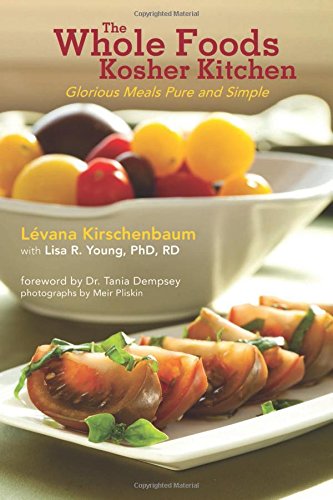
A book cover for The Whole Foods Kosher Kitchen: Glorious Meals Pure and Simple; LÃ©vana Kirschenbaum; Cookbooks, Food & Wine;